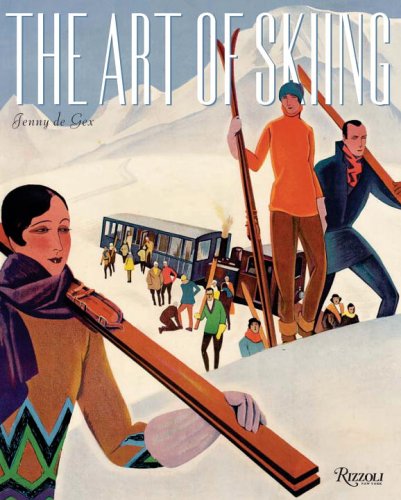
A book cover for The Art of Skiing: Vintage Posters from the Golden Age of Winter Sport; Jenny De Gex; Crafts, Hobbies & Home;